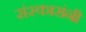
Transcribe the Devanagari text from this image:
संस्कारांनी